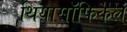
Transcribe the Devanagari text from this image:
थियासॉफिकल